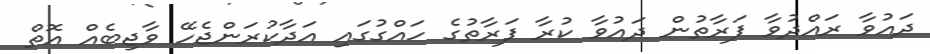
ދައުވާ ރައްދުވާ ފަރާތުން ދައުވާ ކުރާ ފަރާތުގެ ހައްގުގައި އަދާކުރަންޖެހޭ ވާޖިބެއް އޮތް